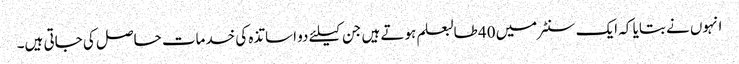
انہوں نے بتایا کہ ایک سنٹر میں 40 طالبعلم ہوتے ہیں جن کیلئے دو اساتذہ کی خدمات حاصل کی جاتی ہیں۔